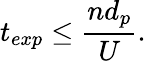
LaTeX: t_{exp}\leq\frac{nd_{p}}{U}.